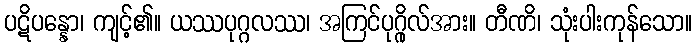
ပဋိပန္နော၊ ကျင့်၏။ ယဿပုဂ္ဂလဿ၊ အကြင်ပုဂ္ဂိုလ်အား။ တီဏိ၊ သုံးပါးကုန်သော။